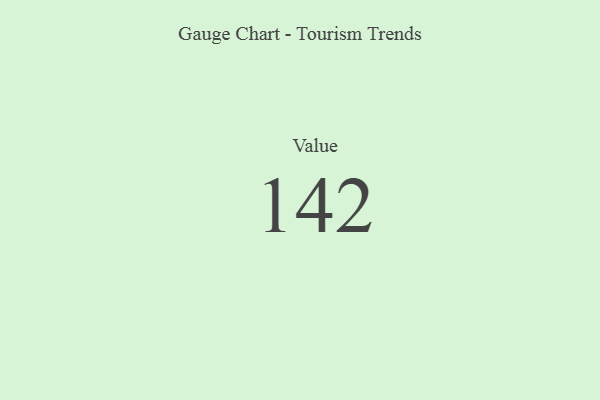
{"axis": {"x": "Metric", "y": "Value"}, "legend": [""], "data": [{"x": "Value", "y": 142, "type": ""}]}